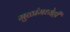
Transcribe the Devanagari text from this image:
मुळांमध्येही